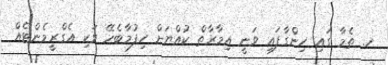
ހ. ތެމާ ގައި ހިންގާފައި ވަނީ އިމާރާތް ކުއްޔަށް ހިފުމާބެހޭ ވަކި އެގްރީމެންޓެއް